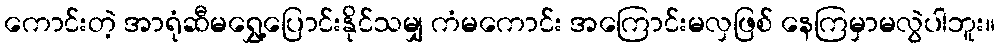
ကောင်းတဲ့ အာရုံဆီမရွှေ့ပြောင်းနိုင်သမျှ ကံမကောင်း အကြောင်းမလှဖြစ် နေကြမှာမလွဲပါဘူး။